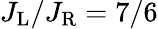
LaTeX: J_{\mathrm{L}}/J_{\mathrm{R}}=7/6